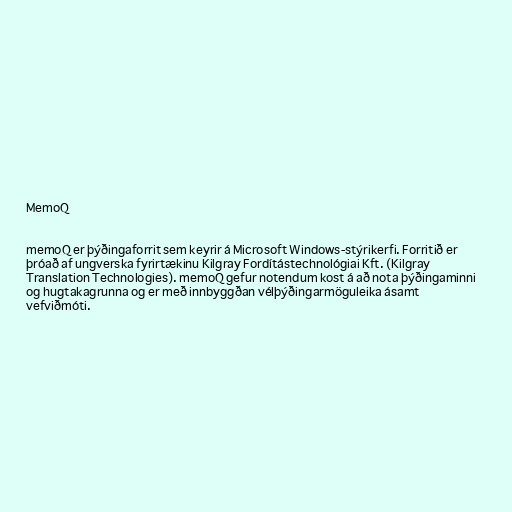
MemoQ

memoQ er þýðingaforrit sem keyrir á Microsoft Windows-stýrikerfi. Forritið er
þróað af ungverska fyrirtækinu Kilgray Fordítástechnológiai Kft. (Kilgray
Translation Technologies). memoQ gefur notendum kost á að nota þýðingaminni
og hugtakagrunna og er með innbyggðan vélþýðingarmöguleika ásamt
vefviðmóti.